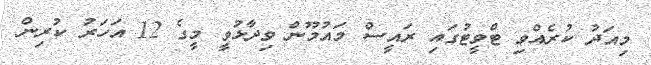
މިއަދު ކުރެއްވި ޓްވީޓުގައި ރައީސް މައުމޫން ވިދާޅުވީ މީގެ 12 އަހަރު ކުރިން